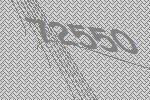
72550